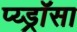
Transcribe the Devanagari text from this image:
प्य्ड्रॉसा